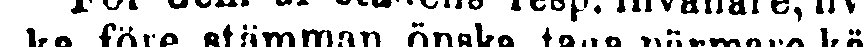
ka före stämman önska taga närmare kö